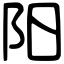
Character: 阳